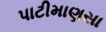
પાટીમાણસા